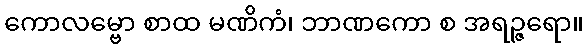
ကောလမ္ဗော စာထ မဏိကံ၊ ဘာဏကော စ အရဉ္ဇရော။